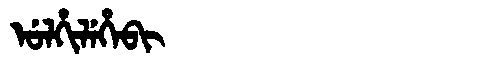
Manchu: ᡠᠯᡥᡳᠯᡝᡥᡝᠪᡳ
Romanization: ULHILEHEBI